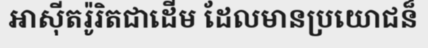
អាស៊ីតរ៉ូរិតជាដើម ដែលមានប្រយោជន៏